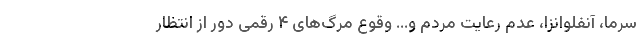
سرما، آنفلوانزا، عدم رعایت مردم و... وقوع مرگ‌های ۴ رقمی دور از انتظار